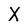
Character: X